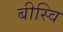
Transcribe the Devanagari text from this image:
बीस्वि